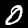
Digit: 0